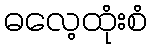
ဓလေ့ထုံးစံ